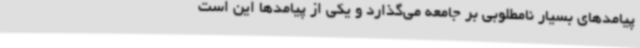
پیامدهای بسیار نامطلوبی بر جامعه می‌گذارد و یکی از پیامدها این است